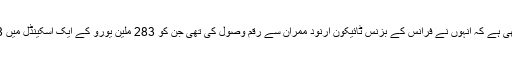
یاد رہے کہ ان پر یہ الزام بھی ہے کہ انہوں نے فرانس کے بزنس ٹائیکون ارنود ممران سے رقم وصول کی تھی جن کو 283 ملین یورو کے ایک اسکینڈل میں 8 سال قید کی سزا ہوئی تھی۔